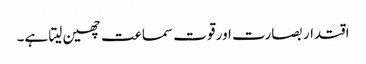
اقتدار بصارت اور قوت سماعت چھین لیتا ہے۔